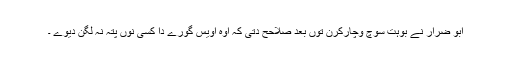
ابو ضرار نے بوہت سوچ وچارکرن توں بعد صلاحح دتی کہ اوہ اویس گورے دا کسی نوں پتہ نہ لگن دیوے ۔